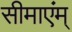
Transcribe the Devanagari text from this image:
सीमाएंम्